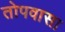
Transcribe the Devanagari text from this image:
तोपवासा